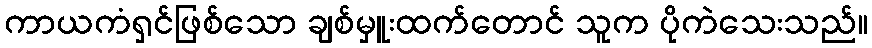
ကာယကံရှင်ဖြစ်သော ချစ်မှူးထက်တောင် သူက ပိုကဲသေးသည်။